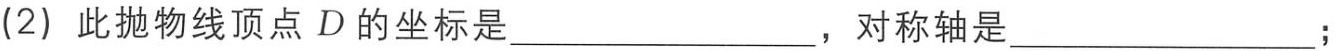
(2) 此抛物线顶点\(D\)的坐标是________________，对称轴是________________；